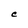
Character: C